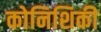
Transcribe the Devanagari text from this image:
कोनिशिकी